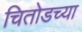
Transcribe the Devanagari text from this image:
चितोडच्या